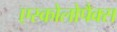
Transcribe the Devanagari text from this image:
एस्कोलोपैक्स